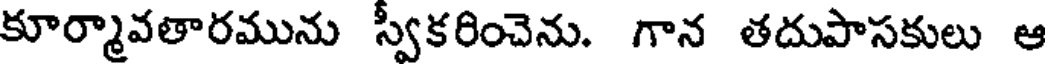
కూర్మావతారమును స్వకరించెను. గాన తదుపాసకులు ఆ